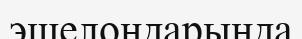
эшелондарында